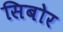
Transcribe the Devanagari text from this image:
सिबोर